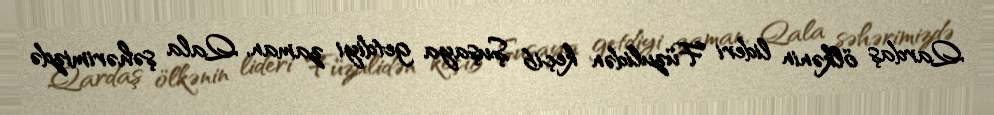
Qardaş ölkənin lideri Füzulidən keçib Şuşaya getdiyi zaman, Qala şəhərimizdə